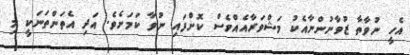
އެހީ ނުވާތާ ޒުވާނުންނާއެކު މަޝްވަރާއެއްވެސް ކޮށްފައި ނުވާ ކަމަށެވެ. އަދި އެތަންތަނަކީ މި